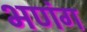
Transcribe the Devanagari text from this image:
भणंग